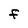
Character: F